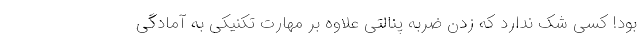
بود! کسی شک ندارد که زدن ضربه پنالتی علاوه بر مهارت تکنیکی به آمادگی